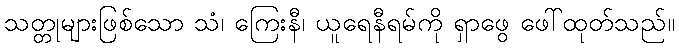
သတ္တုများဖြစ်သော သံ၊ ကြေးနီ၊ ယူရေနီရမ်ကို ရှာဖွေ ဖေါ်ထုတ်သည်။